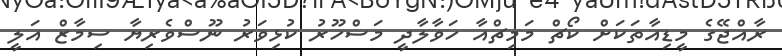
ރާއްޖޭގެ މީޑިއާތަކަށް ކޯޗް މަމިޗްއާ ހަވާލާދީ މަސްހޫރު ކުޅިވަރު ނޫސްވެރިޔާ ސިމާޒް އަލީ